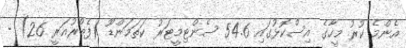
އެންމެ ކުރު މީހާގެ އިސްކޮޅުގައި 54.6 ސެންޓިމީޓަރު ކަތަމަންޑޫ (ފެބްރުއަރީ 26) -